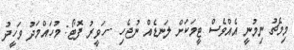
މިމެޗު ނިމުނީ އެއްވެސް ޓީމަކަށް ލަނޑެއް ނުޖެހި --ހަވީރު ފޮޓޯ: މުހައްމަދު ވަހީދު